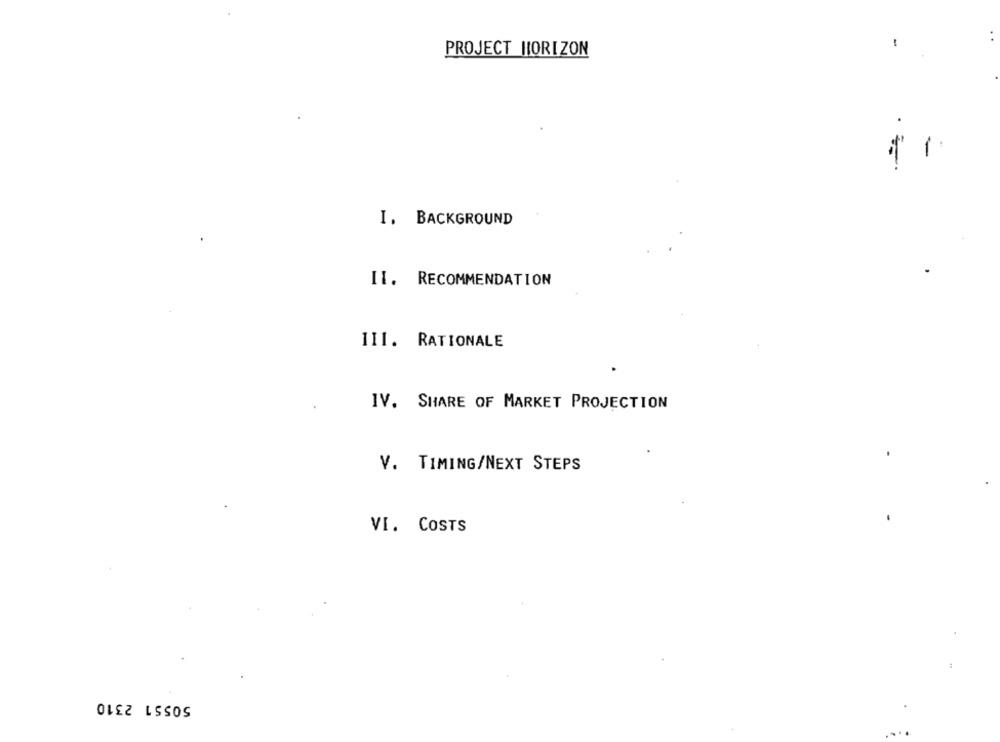
:
PROJECT HORIZON
I. BACKGROUND
II. RECOMMENDATION
III. RATIONALE
IV. SHARE OF MARKET PROJECTION
V. TIMING/NEXT STEPS
VI. COSTS
50551 2310